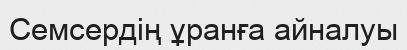
Семсердің ұранға айналуы